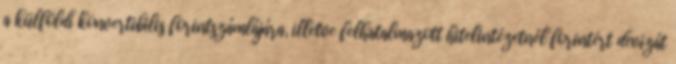
a külföldi konvertibilis forintszámlájára, illetve felhatalmazott hitelintézetnél forintért devizát